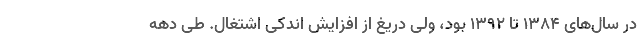
در سال‌های ۱۳۸۴ تا ۱۳۹۲ بود، ولی دریغ از افزایش اندکی اشتغال. طی دهه